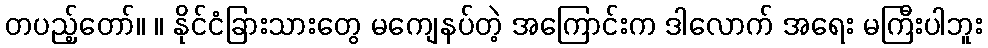
တပည့်တော်။ ။ နိုင်ငံခြားသားတွေ မကျေနပ်တဲ့ အကြောင်းက ဒါလောက် အရေး မကြီးပါဘူး